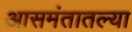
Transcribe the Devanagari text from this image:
आसमंतातल्या